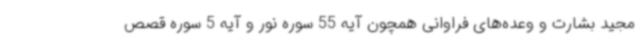
مجید بشارت و وعده‌های فراوانی همچون آیه 55 سوره نور و آیه 5 سوره قصص